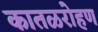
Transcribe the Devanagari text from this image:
कातळरोहण